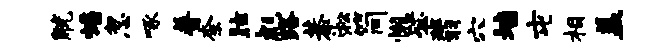
觥蟠忽啄普柰眩彪路恭淞简懒毖翡穴墙屯相盖